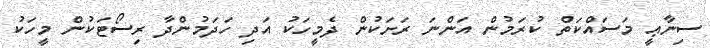
ސިނާޢީ މަސައްކަތް ކުރަމުން އަންނަ ރަށަކުން ދެމީހަކު އަދި ހަދަމުންދާ ރިސޯޓަކުން މީހަކު